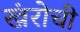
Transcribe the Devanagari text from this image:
खंरोची